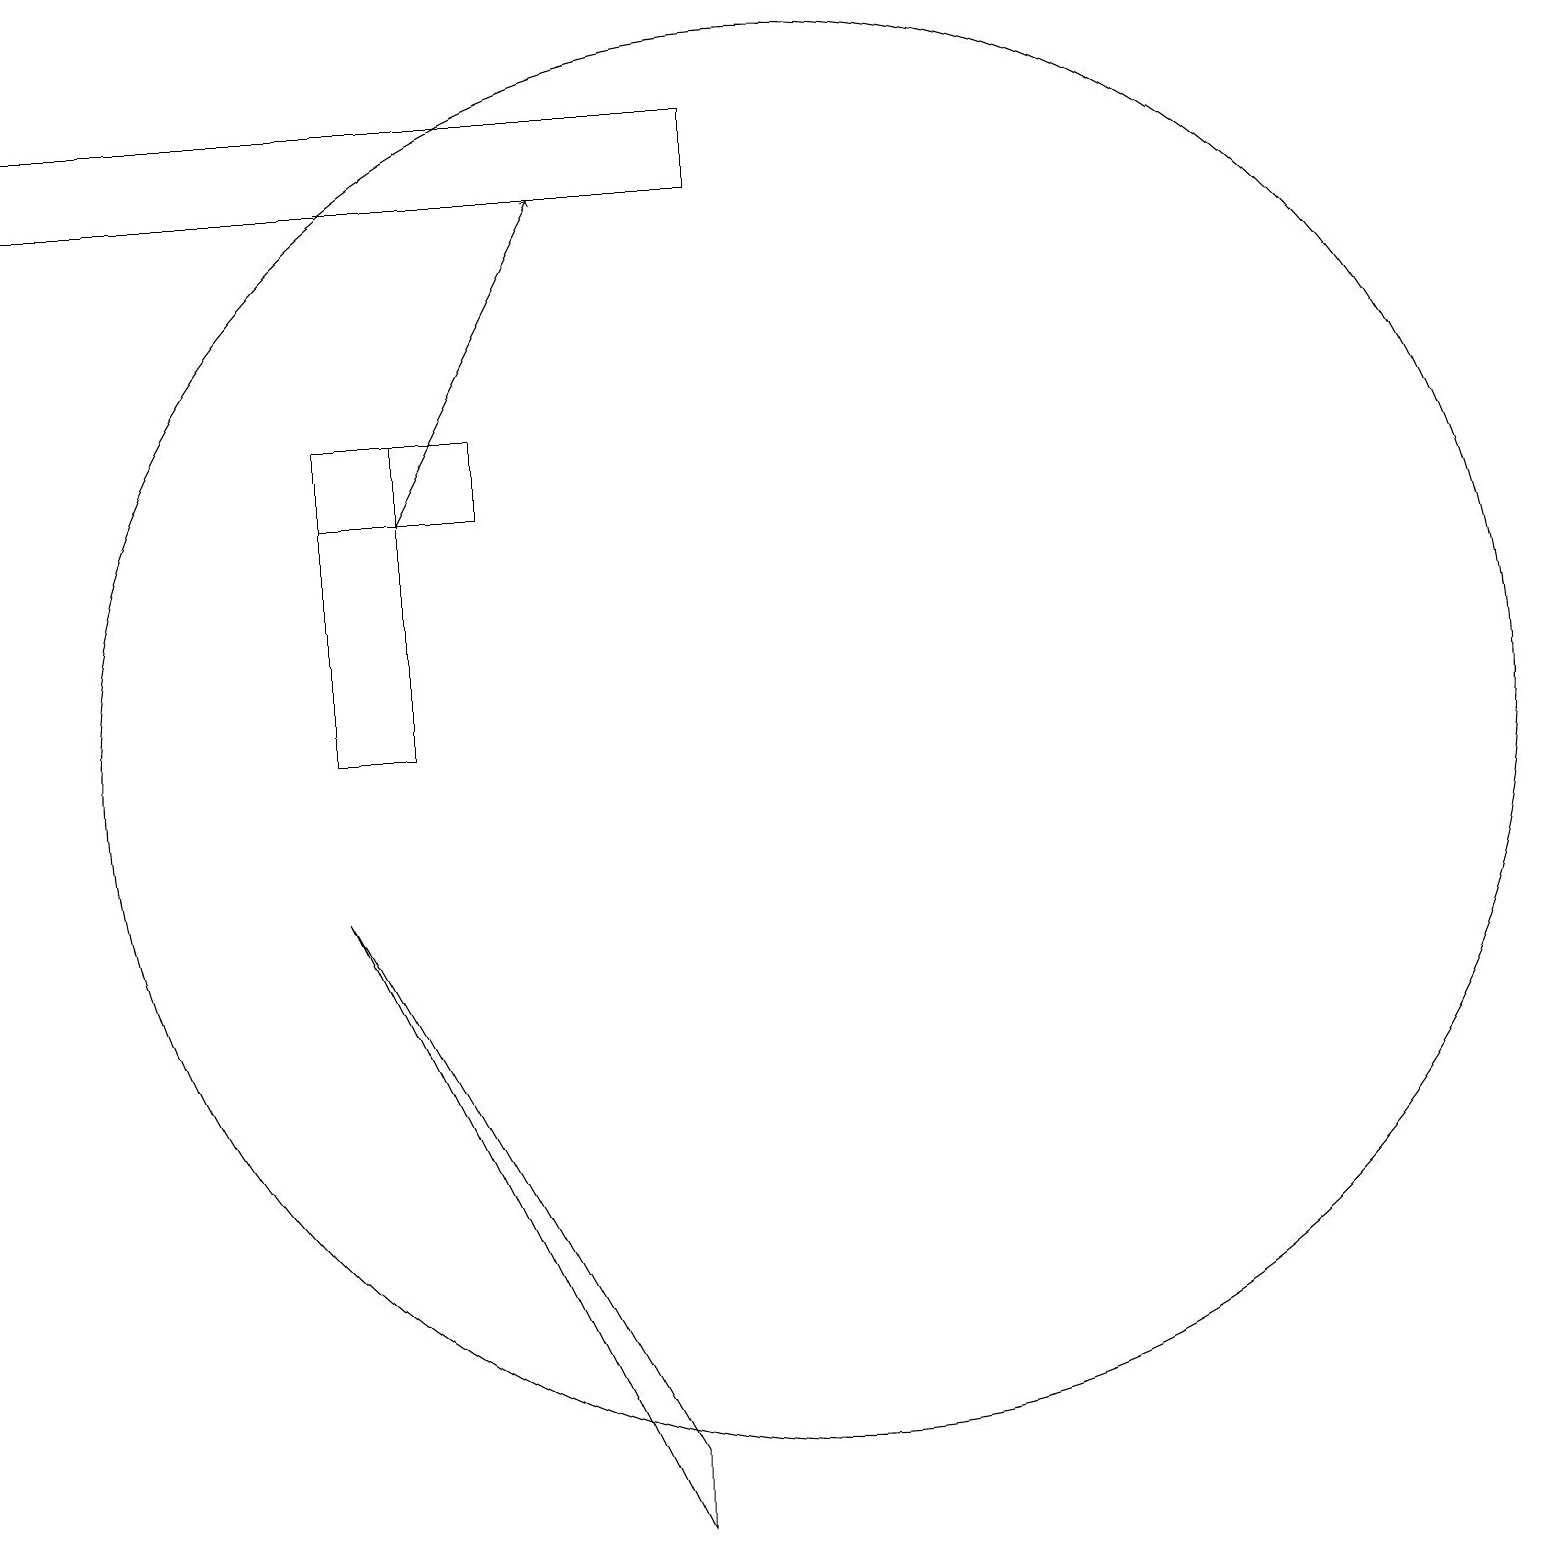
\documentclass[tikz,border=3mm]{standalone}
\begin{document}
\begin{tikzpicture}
\draw (10,10) circle (9);
\draw (0,18) rectangle (9,17);
\draw[->] (5,13) -- (7,17);
\draw (4,8) -- (8,0) -- (8,1) -- cycle;
\draw (5,14) rectangle (4,10);
\draw (4,14) rectangle (6,13);
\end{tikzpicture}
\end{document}